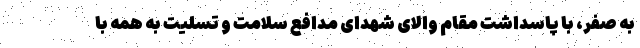
به صفر، با پاسداشت مقام والای شهدای مدافع سلامت و تسلیت به همه با